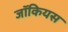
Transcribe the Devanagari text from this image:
जॉकियस